Indian journal of veterinary science and animal husbandry - Volumes 15-17, 1948-1951
Year: 1948
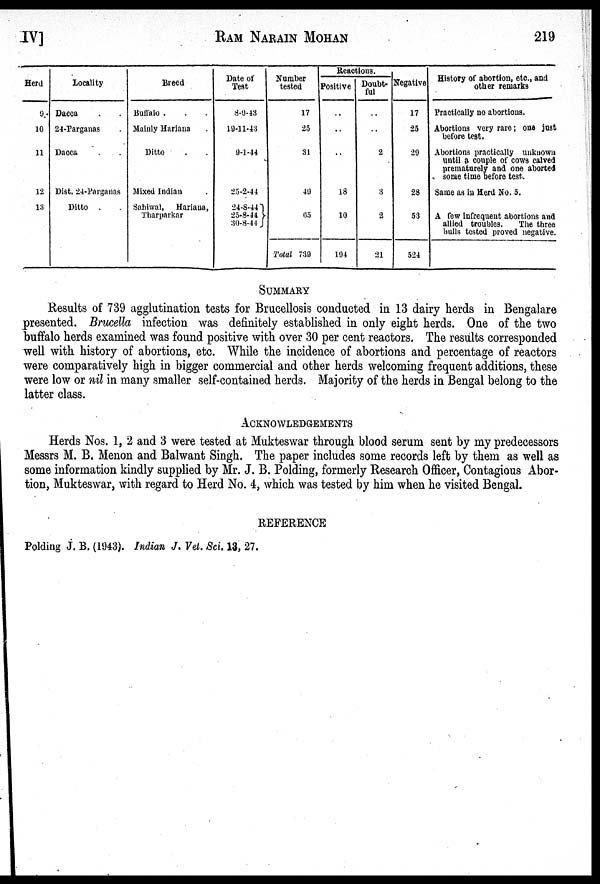
IV]
RAM
NARAIN
MOHAN
219
Herd
9
10
11
12
13
Locality
Dacca . .
24-Parganas .
Dacca . .
Dist. 24-Parganas
Ditto . .
Breed
Buffalo . . .
Mainly Hariana .
Ditto . .
Mixed Indian .
Sahiwal, Hariana,
Tharparkar
Date of
Test
8-9-43
19-11-43
9-1-44
25-2-44
24-8-44
25-8-44 }
30-8-44
Number
tested
17
25
31
49
65
Total 739
Reactions.
Positive
..
..
..
18
10
194
Doubt-
ful
..
..
2
3
2
21
Negative
17
25
29
28
53
524
History of abortion, etc., and
other remarks
Practically no abortions.
Abortions very rare ; one just
before test.
Abortions practically unknown
until a couple of cows calved
prematurely and one aborted
some time before test.
Same as in Herd No. 5.
A few infrequent abortions and
allied troubles.
The three
bulls tested proved negative.
SUMMARY
Results of 739 agglutination tests for Brucellosis conducted in 13 dairy herds in Bengalare
presented. Brucella infection was definitely established in only eight herds. One of the two
buffalo herds examined was found positive with over 30 per cent reactors. The results corresponded
well with history of abortions, etc. While the incidence of abortions and percentage of reactors
were comparatively high in bigger commercial and other herds welcoming frequent additions, these
were low or nil in many smaller self·contained herds. Majority of the herds in Bengal belong to the
latter class.
ACKNOWLEDGEMENTS
Herds Nos. 1, 2 and 3 were tested at Mukteswar through blood serum sent by my predecessors
Messrs M. B. Menon and Balwant Singh. The paper includes some records left by them as well as
some information kindly supplied by Mr. J. B. Polding, formerly Research Officer, Contagious Abor-
tion, Mukteswar, with regard to Herd No. 4, which was tested by him when he visited Bengal.
REFERENCE
Polding J. B. (1943). Indian J. Vet. Sci. 13, 27.